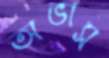
অভাস